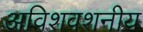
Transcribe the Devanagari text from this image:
अविशवशनीय